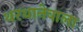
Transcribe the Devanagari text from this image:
थरथानेवाला